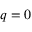
q = 0